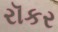
રૉકર